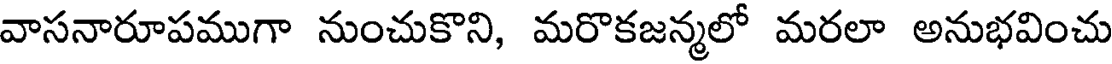
వాసనారూపముగా నుంచుకొని, మరొకజన్మలో మరలా అనుభవించు